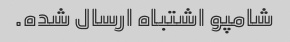
شامپو اشتباه ارسال شده.